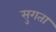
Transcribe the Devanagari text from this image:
सुगता